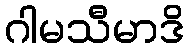
ဂါမသီမာဒိ